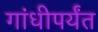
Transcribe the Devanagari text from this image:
गांधीपर्यंत